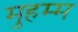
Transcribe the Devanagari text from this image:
मुहम्म